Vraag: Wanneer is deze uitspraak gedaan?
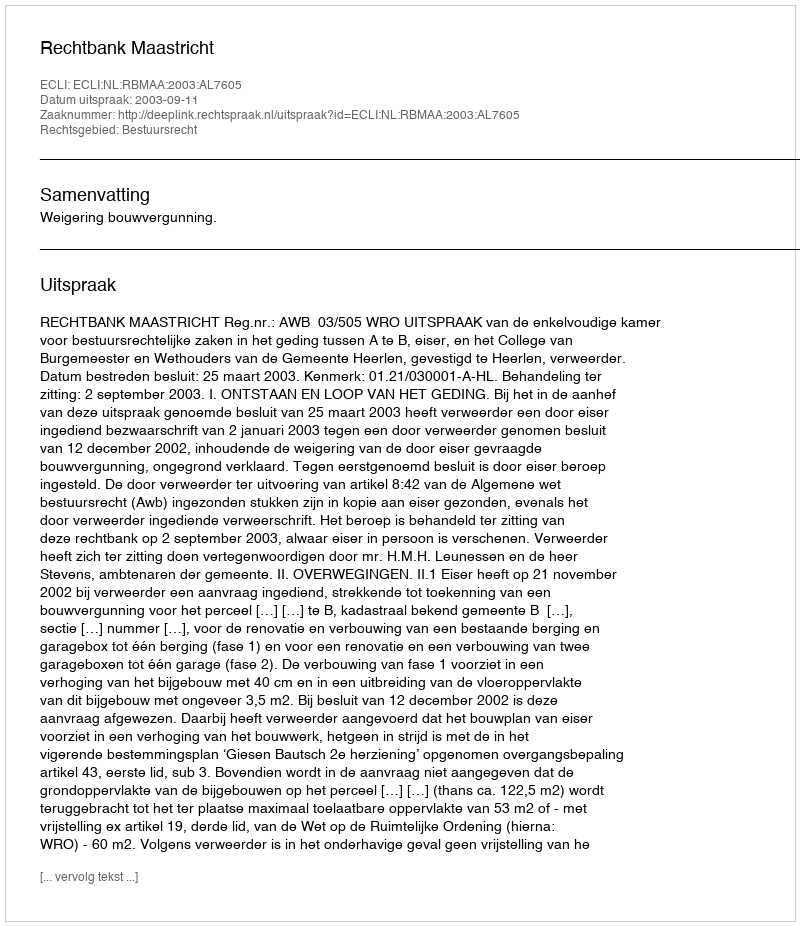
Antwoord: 2003-09-11